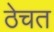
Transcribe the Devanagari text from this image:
ठेचत